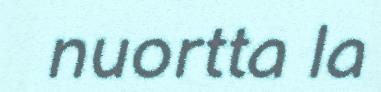
nuortta la